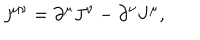
j ^ { \mu \nu } = \partial ^ { \mu } J ^ { \nu } - \partial ^ { \nu } J ^ { \mu } ,